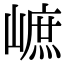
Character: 𡻠